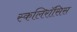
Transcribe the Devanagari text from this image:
स्कलिरॉसिस